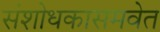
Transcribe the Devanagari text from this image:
संशोधकासमवेत